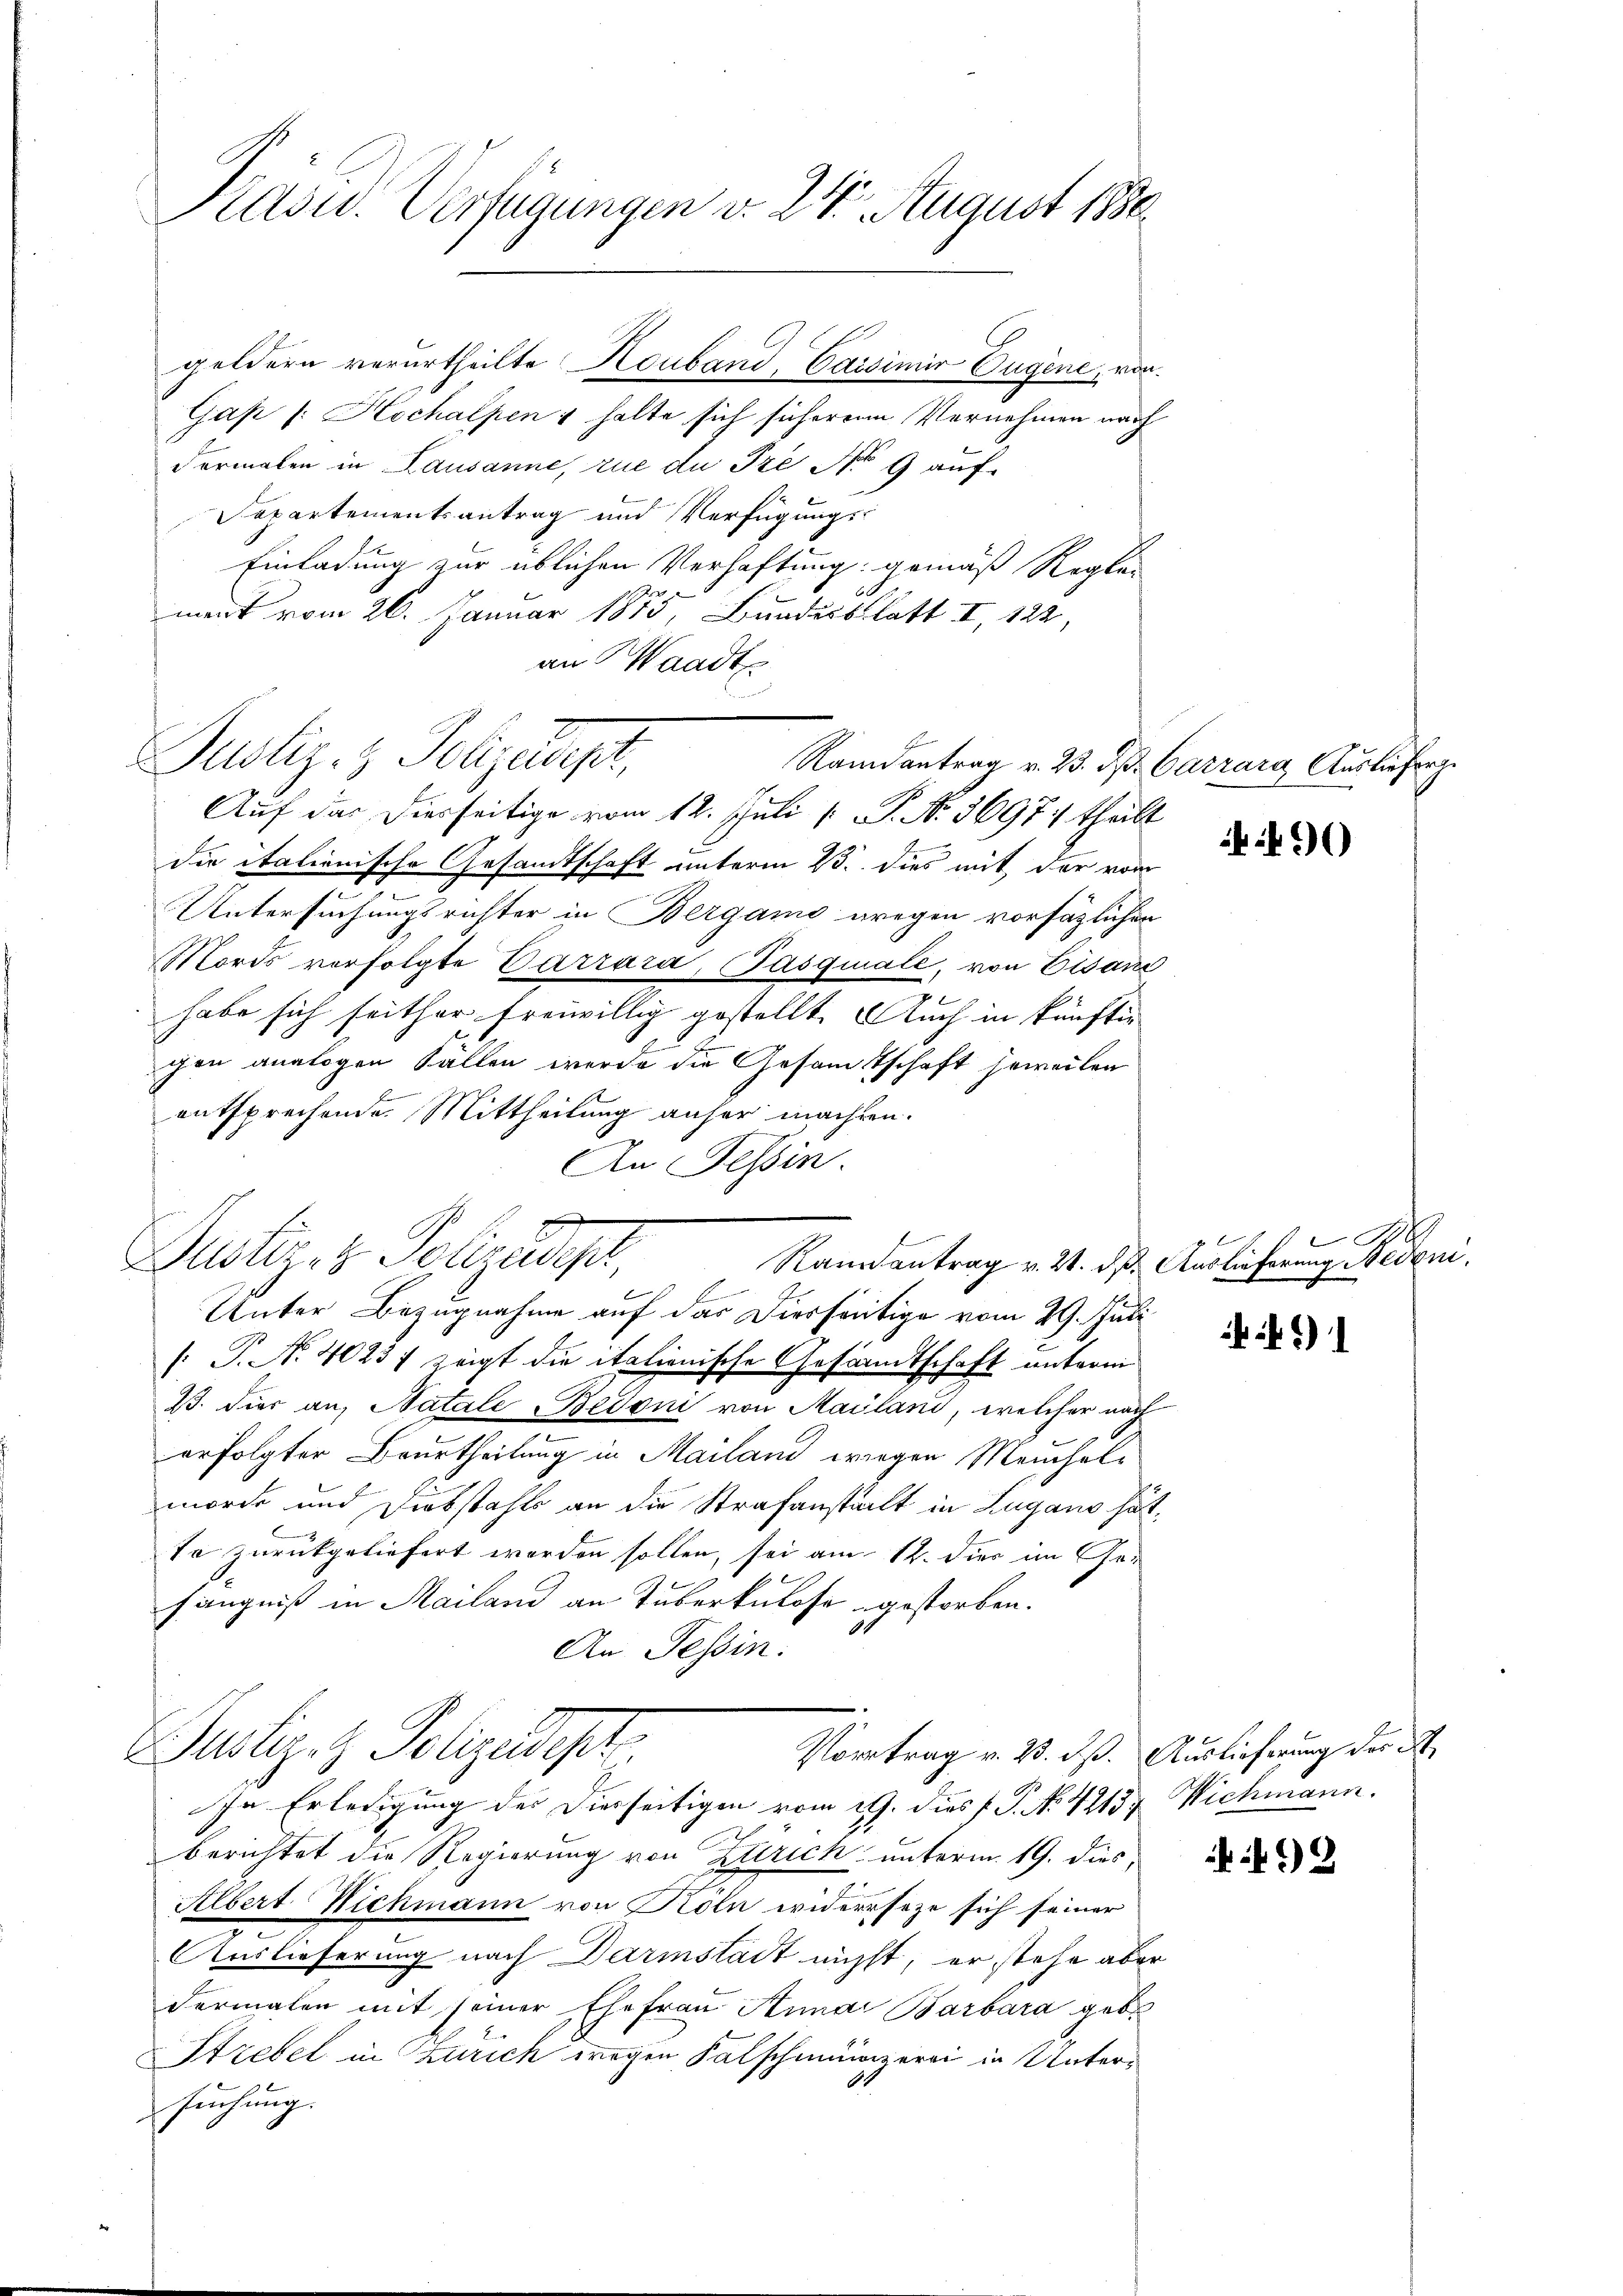
Pasu. Verfügungen d. 24. August 1880

Gap (: Hochalpen 1 halte sich sicherein Vernehmen nach
dermalen in Lausanne, zue du Pze No 9 auf-
Separtementsantrag und Verfügungs-
Einladung zur üblichen Verhaftung gemäß Regle
ment vom 26. Januar 1875, Bundesblatt II, 122,
an Waadt

Justiz- & Polizei,
Randantrag v. 23. ds.

geldern verurtheilte Houband, Cassimir Eugene, von

e
Rannantrag v. 21. d. Auslieferung Nedoni,

Justiziz Polizeigt
Vortrag v. 23. dß. Auslieferung der A

Auf das Dierseitige vom 12. Juli [ P. No. 3697/ theilt
die italionische Gesandtschaft unterm 23. dies mit der von
Untersuchungsrichter in Bergamo wegen vorsätzlichen
ords vorfolgte Carrara, Pasquale, von Eisan
habe sich seither freiwillig gestellt. Auch in künftig
chen analogen Fallen werde die Gesamtschaft jeweilen
entsprechende. Mittheilung anher machten.
de
An Tessin.
Justiz- & Polizeidept
Unter Bezugnahme auf das Diesseitige vom 29. Juli
 P. Nr. 4023f zeigt die italionische Gesandtschaft unterm
23. Dies an, Natale Bedoni von Mailand, welcher nach
erfolgter Beurtheilung in Mailand wiegen Meinchalmorde und Diebstahls an die Strafanstalt in Lugano hätte zurückgeliefert worden sollen, sei am 12. dies im Ge-
fängniß in Mailand an Tuberkulose gestorben.
t
An Tessin.

In Erledigung der Dierseitigen vom 19. dies P. P. N. 4213
Berichtet die Regierung von Zürich, unterm 19. dies
Albert Nichmann von Köln widerseze sich seiner
Auslieferung nach Darmstadt nicht, er stehe aber
dermalen mit seiner Ehefrau Anna Barbara geb.
Strebel in Zürich wegen Falschmunzerei in Unter¬
.
suchung.

Carrard Auslieferge

9)

Sil

) 1

Wichmann.

49